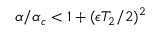
\alpha / \alpha _ { c } < 1 + ( \epsilon T _ { 2 } / 2 ) ^ { 2 }